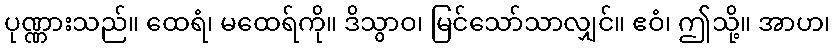
ပုဏ္ဏားသည်။ ထေရံ၊ မထေရ်ကို။ ဒိသွာဝ၊ မြင်သော်သာလျှင်။ ဧဝံ၊ ဤသို့။ အာဟ၊